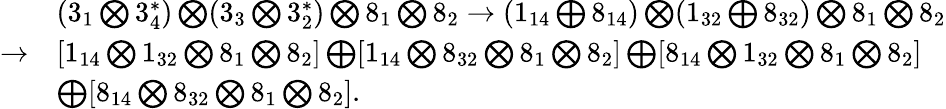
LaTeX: \begin{array}{ll}{{}}&{{(3_{1}\bigotimes 3_{4}^{*})\bigotimes(3_{3}\bigotimes 3_{2}^{*})\bigotimes 8_{1}\bigotimes 8_{2}\rightarrow(1_{14}\bigoplus 8_{14})\bigotimes(1_{32}\bigoplus 8_{32})\bigotimes 8_{1}\bigotimes 8_{2}}}\\ {{\rightarrow}}&{{[1_{14}\bigotimes 1_{32}\bigotimes 8_{1}\bigotimes 8_{2}]\bigoplus[1_{14}\bigotimes 8_{32}\bigotimes 8_{1}\bigotimes 8_{2}]\bigoplus[8_{14}\bigotimes 1_{32}\bigotimes 8_{1}\bigotimes 8_{2}]}}\\ {{}}&{{\bigoplus[8_{14}\bigotimes 8_{32}\bigotimes 8_{1}\bigotimes 8_{2}].}}\end{array}